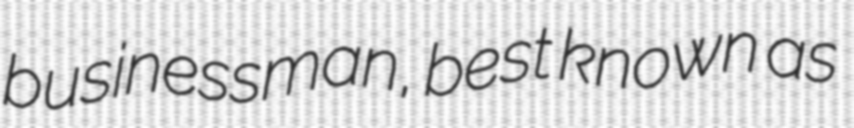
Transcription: businessman, best known as